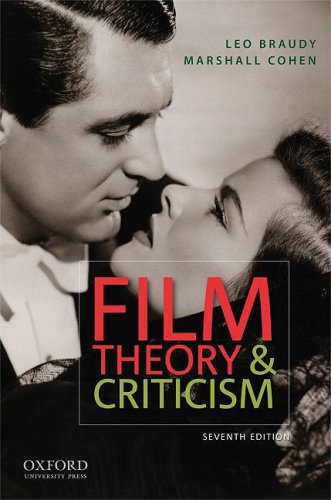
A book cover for Film Theory and Criticism; Humor & Entertainment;